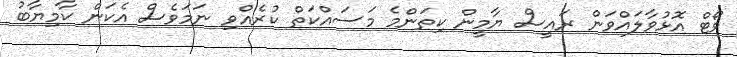
ވޯޓް އޮޅުވާލައްވަން ރައީސް ޔާމީން ކިތަންމެ މަސައްކަތް ކުރެއްވި ނަމަވެސް އެކަން ކާމިޔާބު